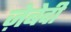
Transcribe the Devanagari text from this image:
ज़ेबेदी